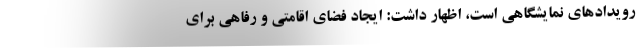
رویدادهای نمایشگاهی است، اظهار داشت: ایجاد فضای اقامتی و رفاهی برای